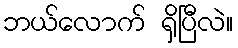
ဘယ်လောက် ရှိပြီလဲ။